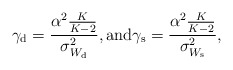
\begin{align*}\gamma_{\rm d}=\frac{\alpha^2\frac{K}{K-2}}{\sigma_{W_{\rm d}}^2}, \mathrm{and} \gamma_{\rm s}=\frac{\alpha^2\frac{K}{K-2}}{\sigma_{W_{\rm s}}^2},\end{align*}